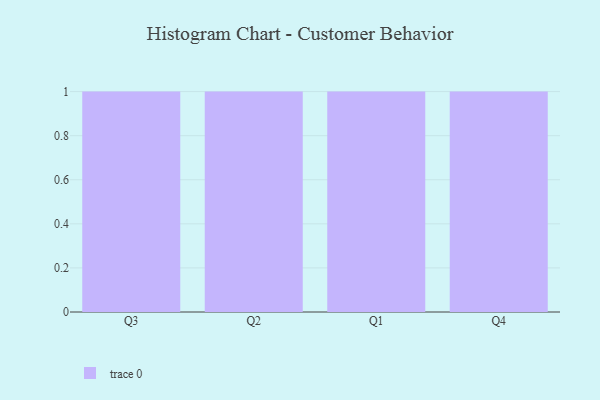
{"axis": {"x": "Quarter", "y": "Latency (ms)"}, "legend": [""], "data": [{"x": "Q3", "y": 10, "type": ""}, {"x": "Q2", "y": 13, "type": ""}, {"x": "Q1", "y": 37, "type": ""}, {"x": "Q4", "y": 27, "type": ""}]}